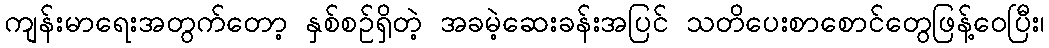
ကျန်းမာရေးအတွက်တော့ နှစ်စဉ်ရှိတဲ့ အခမဲ့ဆေးခန်းအပြင် သတိပေးစာစောင်တွေဖြန့်ဝေပြီး၊